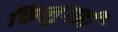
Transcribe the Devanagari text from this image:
किलुगढी